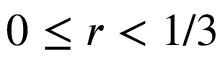
0 \leq r < 1 / 3